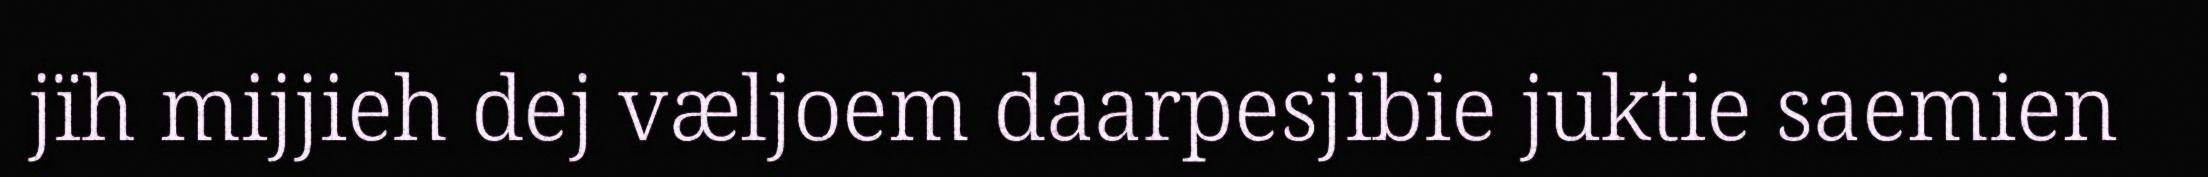
jïh mijjieh dej væljoem daarpesjibie juktie saemien